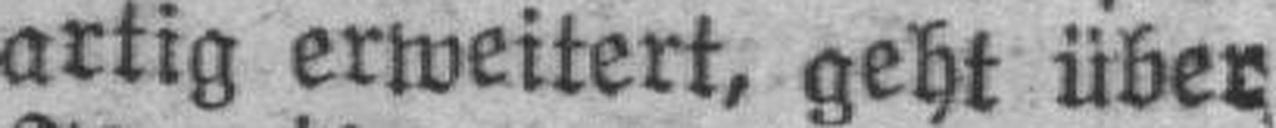
artig erweitert, geht über.